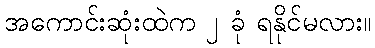
အကောင်းဆုံးထဲက ၂ ခုံ ရနိုင်မလား။